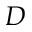
D